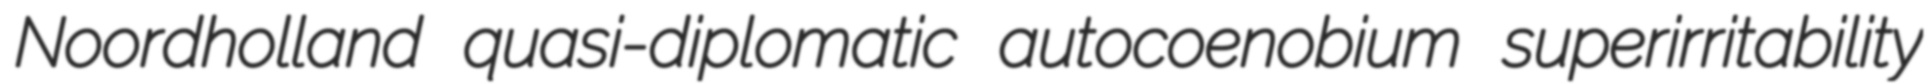
Noordholland quasi-diplomatic autocoenobium superirritability